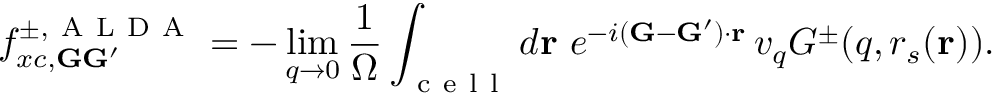
f _ { x c , \mathbf { G } \mathbf { G } ^ { \prime } } ^ { \pm , \mathrm { ~ A ~ L ~ D ~ A ~ } } = - \operatorname* { l i m } _ { q \to 0 } \frac { 1 } { \Omega } \int _ { \mathrm { ~ c ~ e ~ l ~ l ~ } } d \mathbf { r } \, \, e ^ { - i ( \mathbf { G } - \mathbf { G } ^ { \prime } ) \cdot \mathbf { r } } \, v _ { q } G ^ { \pm } ( q , r _ { s } ( \mathbf { r } ) ) .